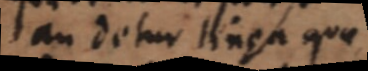
an detur linea quae